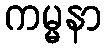
ကမ္မနာ